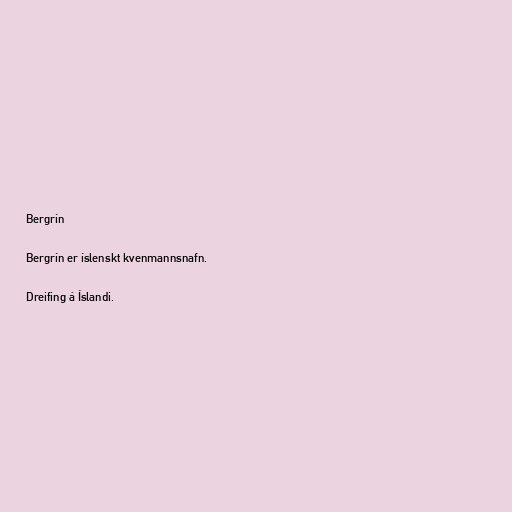
Bergrín

Bergrín er íslenskt kvenmannsnafn.

Dreifing á Íslandi.